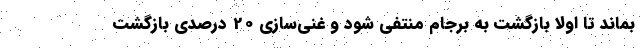
بماند تا اولا بازگشت به برجام منتفی شود و غنی‌سازی 20 درصدی بازگشت